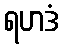
ရဟဒံ